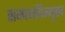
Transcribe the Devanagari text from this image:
समाजविन्मुख